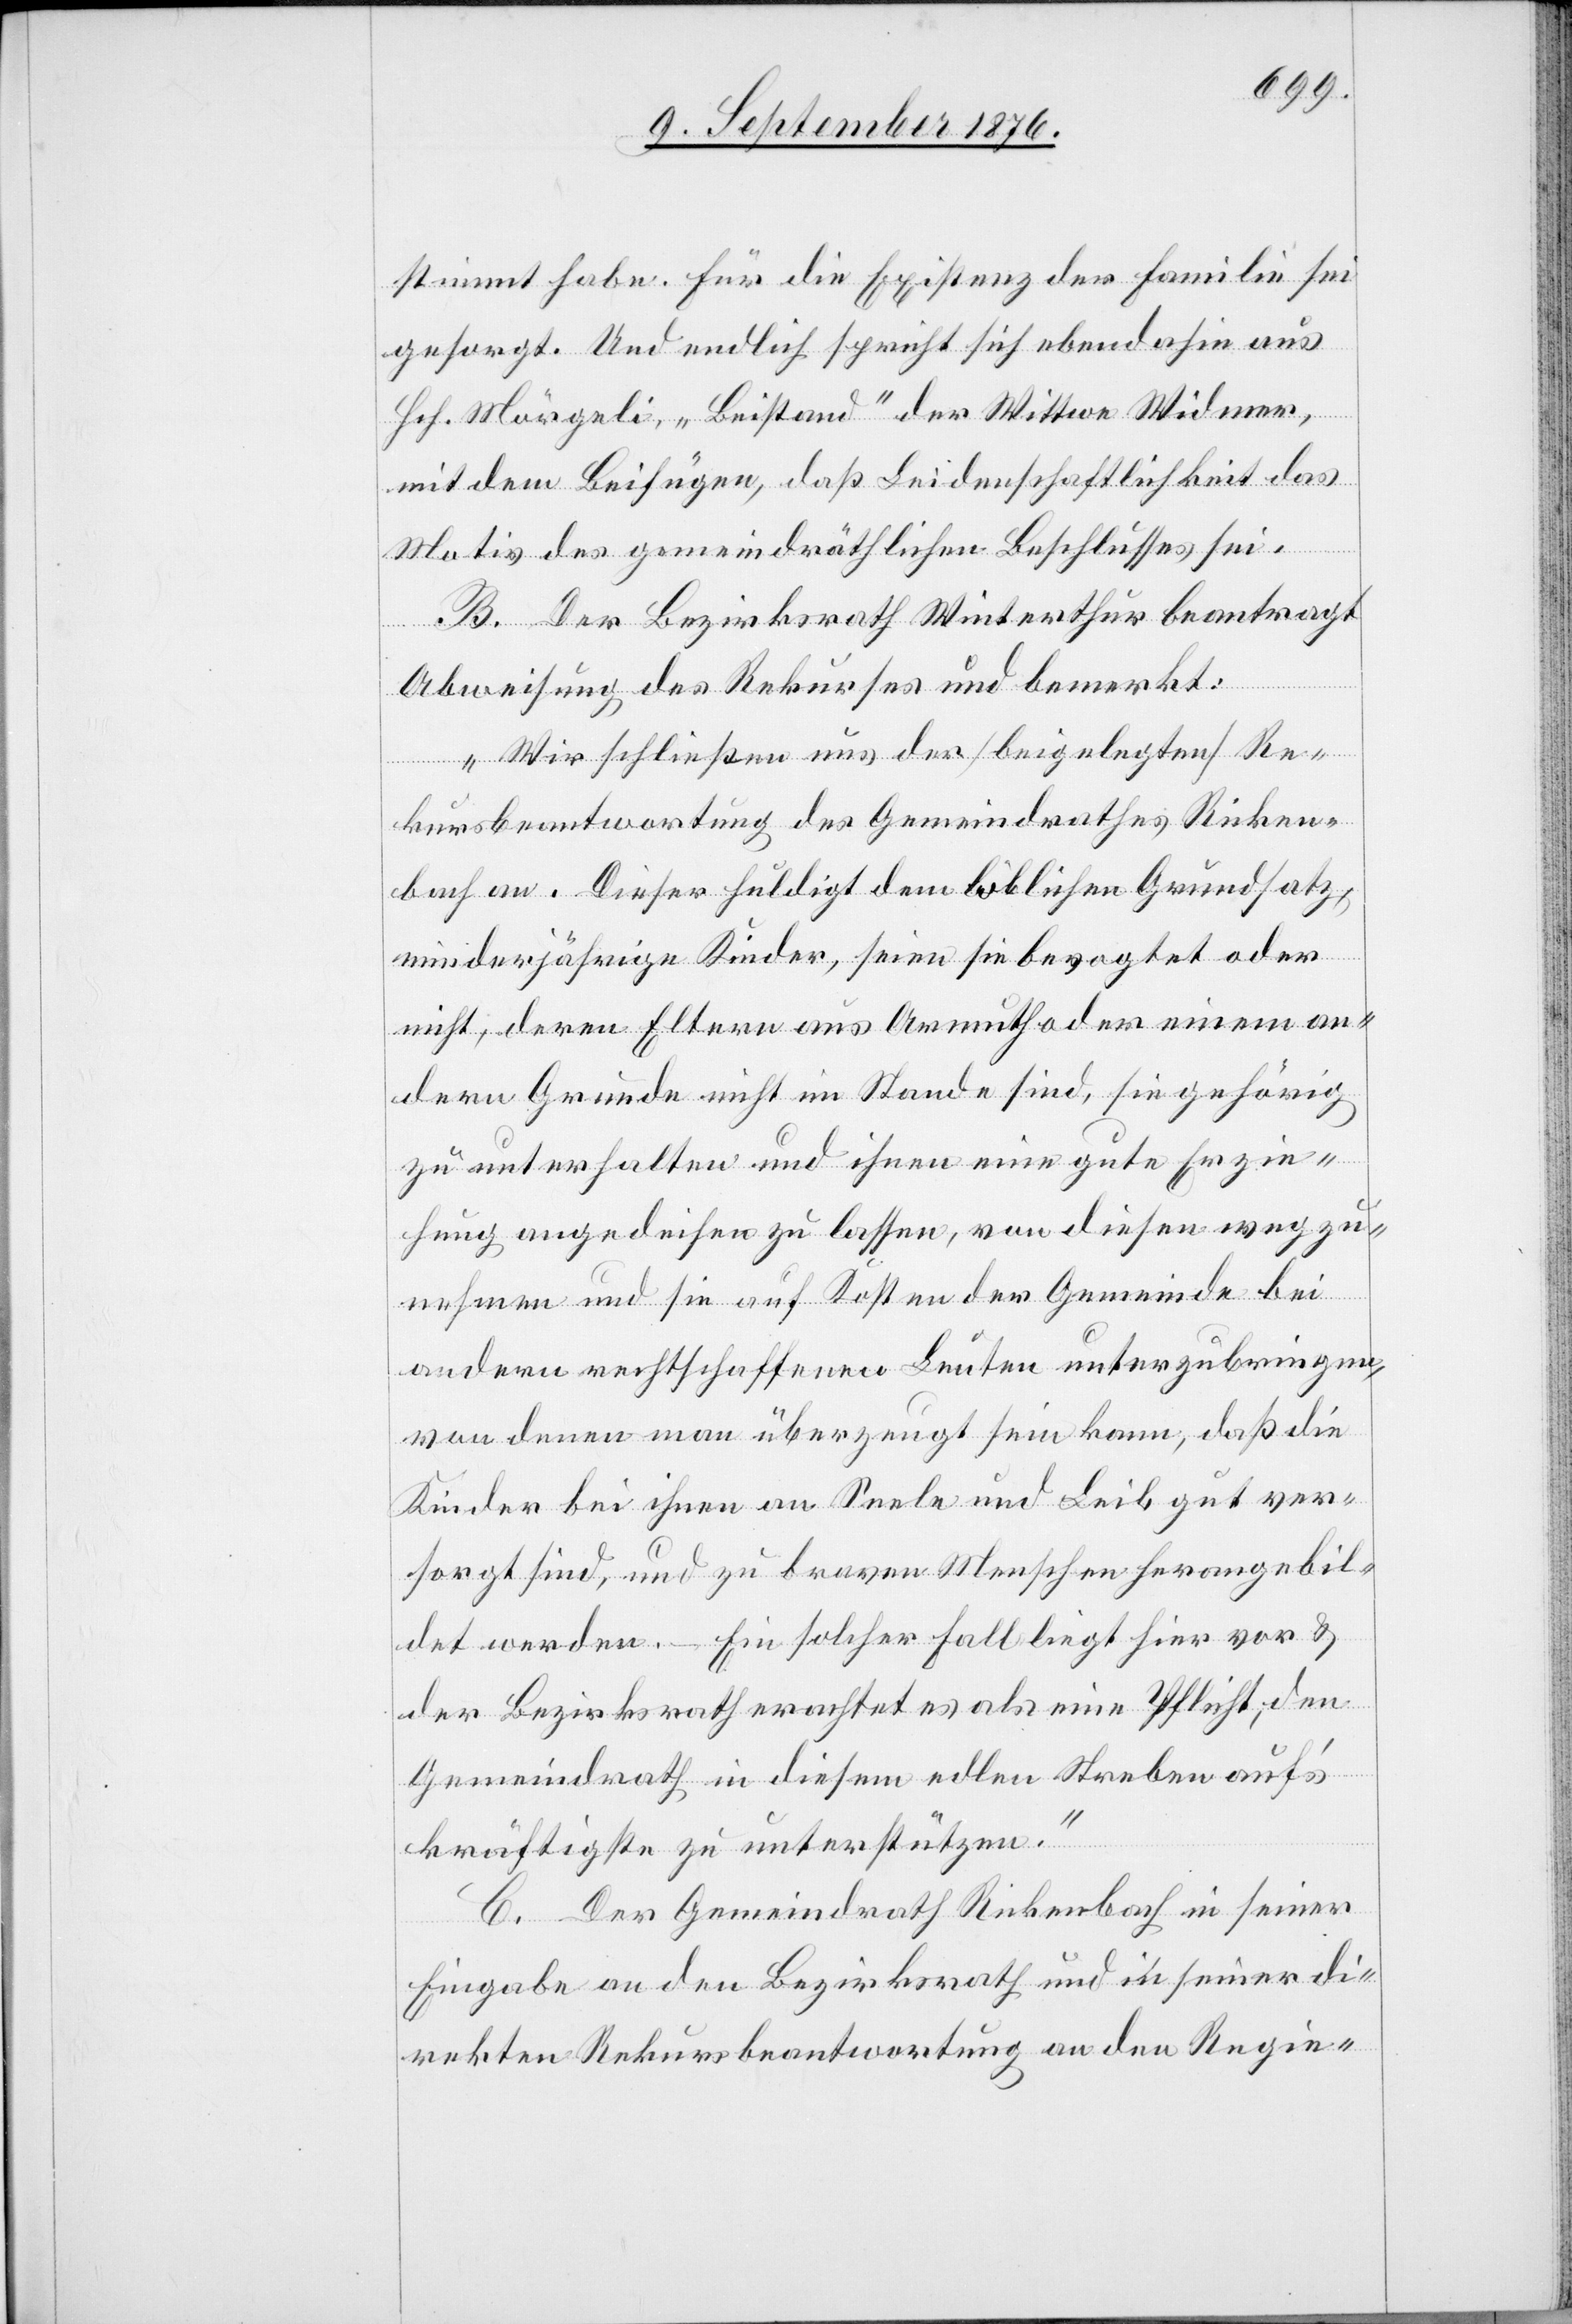
stimmt habe. Für die Existenz der Familie sei
gesorgt. Und endlich spricht sich obendahin aus
Hch. Mörgeli, „Beistand“ der Wittwe Widmer,
mit dem Beifügen, daß Leidenschaftlichkeit das
Motiv des gemeindräthlichen Beschlusses sei.
B. Der Bezirksrath Winterthur beantragt
Abweisung des Rekurses und bemerkt:
„Wir schließen uns der [beigelegten] Re¬
kursbeantwortung des Gemeindrathes Ricken¬
bach an. Dieser huldigt dem löblichen Grundsatz,
minderjährige Kinder, seien sie bevogtet oder
nicht, deren Eltern aus Armuth oder einem an¬
dern Grunde nicht im Stande sind, sie gehörig
zu unterhalten und ihnen eine gute Erzie¬
hung angedeihen zu lassen, von diesen wegzu¬
nehmen und sie auf Kosten der Gemeinde bei
andern rechtschaffenen Leuten unterzubringen,
von denen man überzeugt sein kann, daß die
Kinder bei ihnen an Seele und leib gut ver¬
sorgt sind, und zu braven Menschen herangebil¬
det werden. – Ein solcher Fall liegt hier vor &
der Bezirksrath erachtet es als eine Pflicht, den
Gemeindrath in diesem edlen Streben auf’s
kräftigste zu unterstützen.“
C. Der Gemeindrath Rickenbach in seiner
Eingabe an den Bezirksrath und in seiner di¬
rekten Rekursbeantwortung an den Regie-